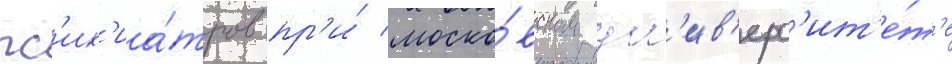
пс'их'иа́тров пр'и́ моско́вском ун'ив'ерс'ит'е́т'е